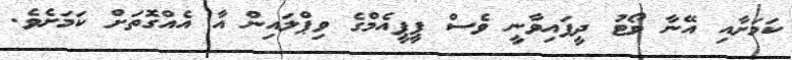
ކަމަށާއި އޭނާ ވޯޓު ދީފައިވާނީ ވެސް ޕީޕީއެމްގެ ވިޕްލައިން އާ އެއްގޮތަށް ކަމަށެވެ.